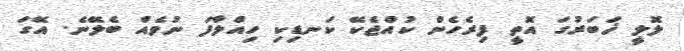
ލޮލީ ޚަބަރުގަ އޮތީ ފިރެހެން ކުއްޖެކޭ ކަނޑިކި ހިއްލާފަ ނުވެއް ބެލޭނެ. އޭގަ